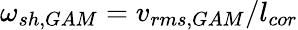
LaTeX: \omega_{sh,GAM}=v_{rms,GAM}/l_{cor}